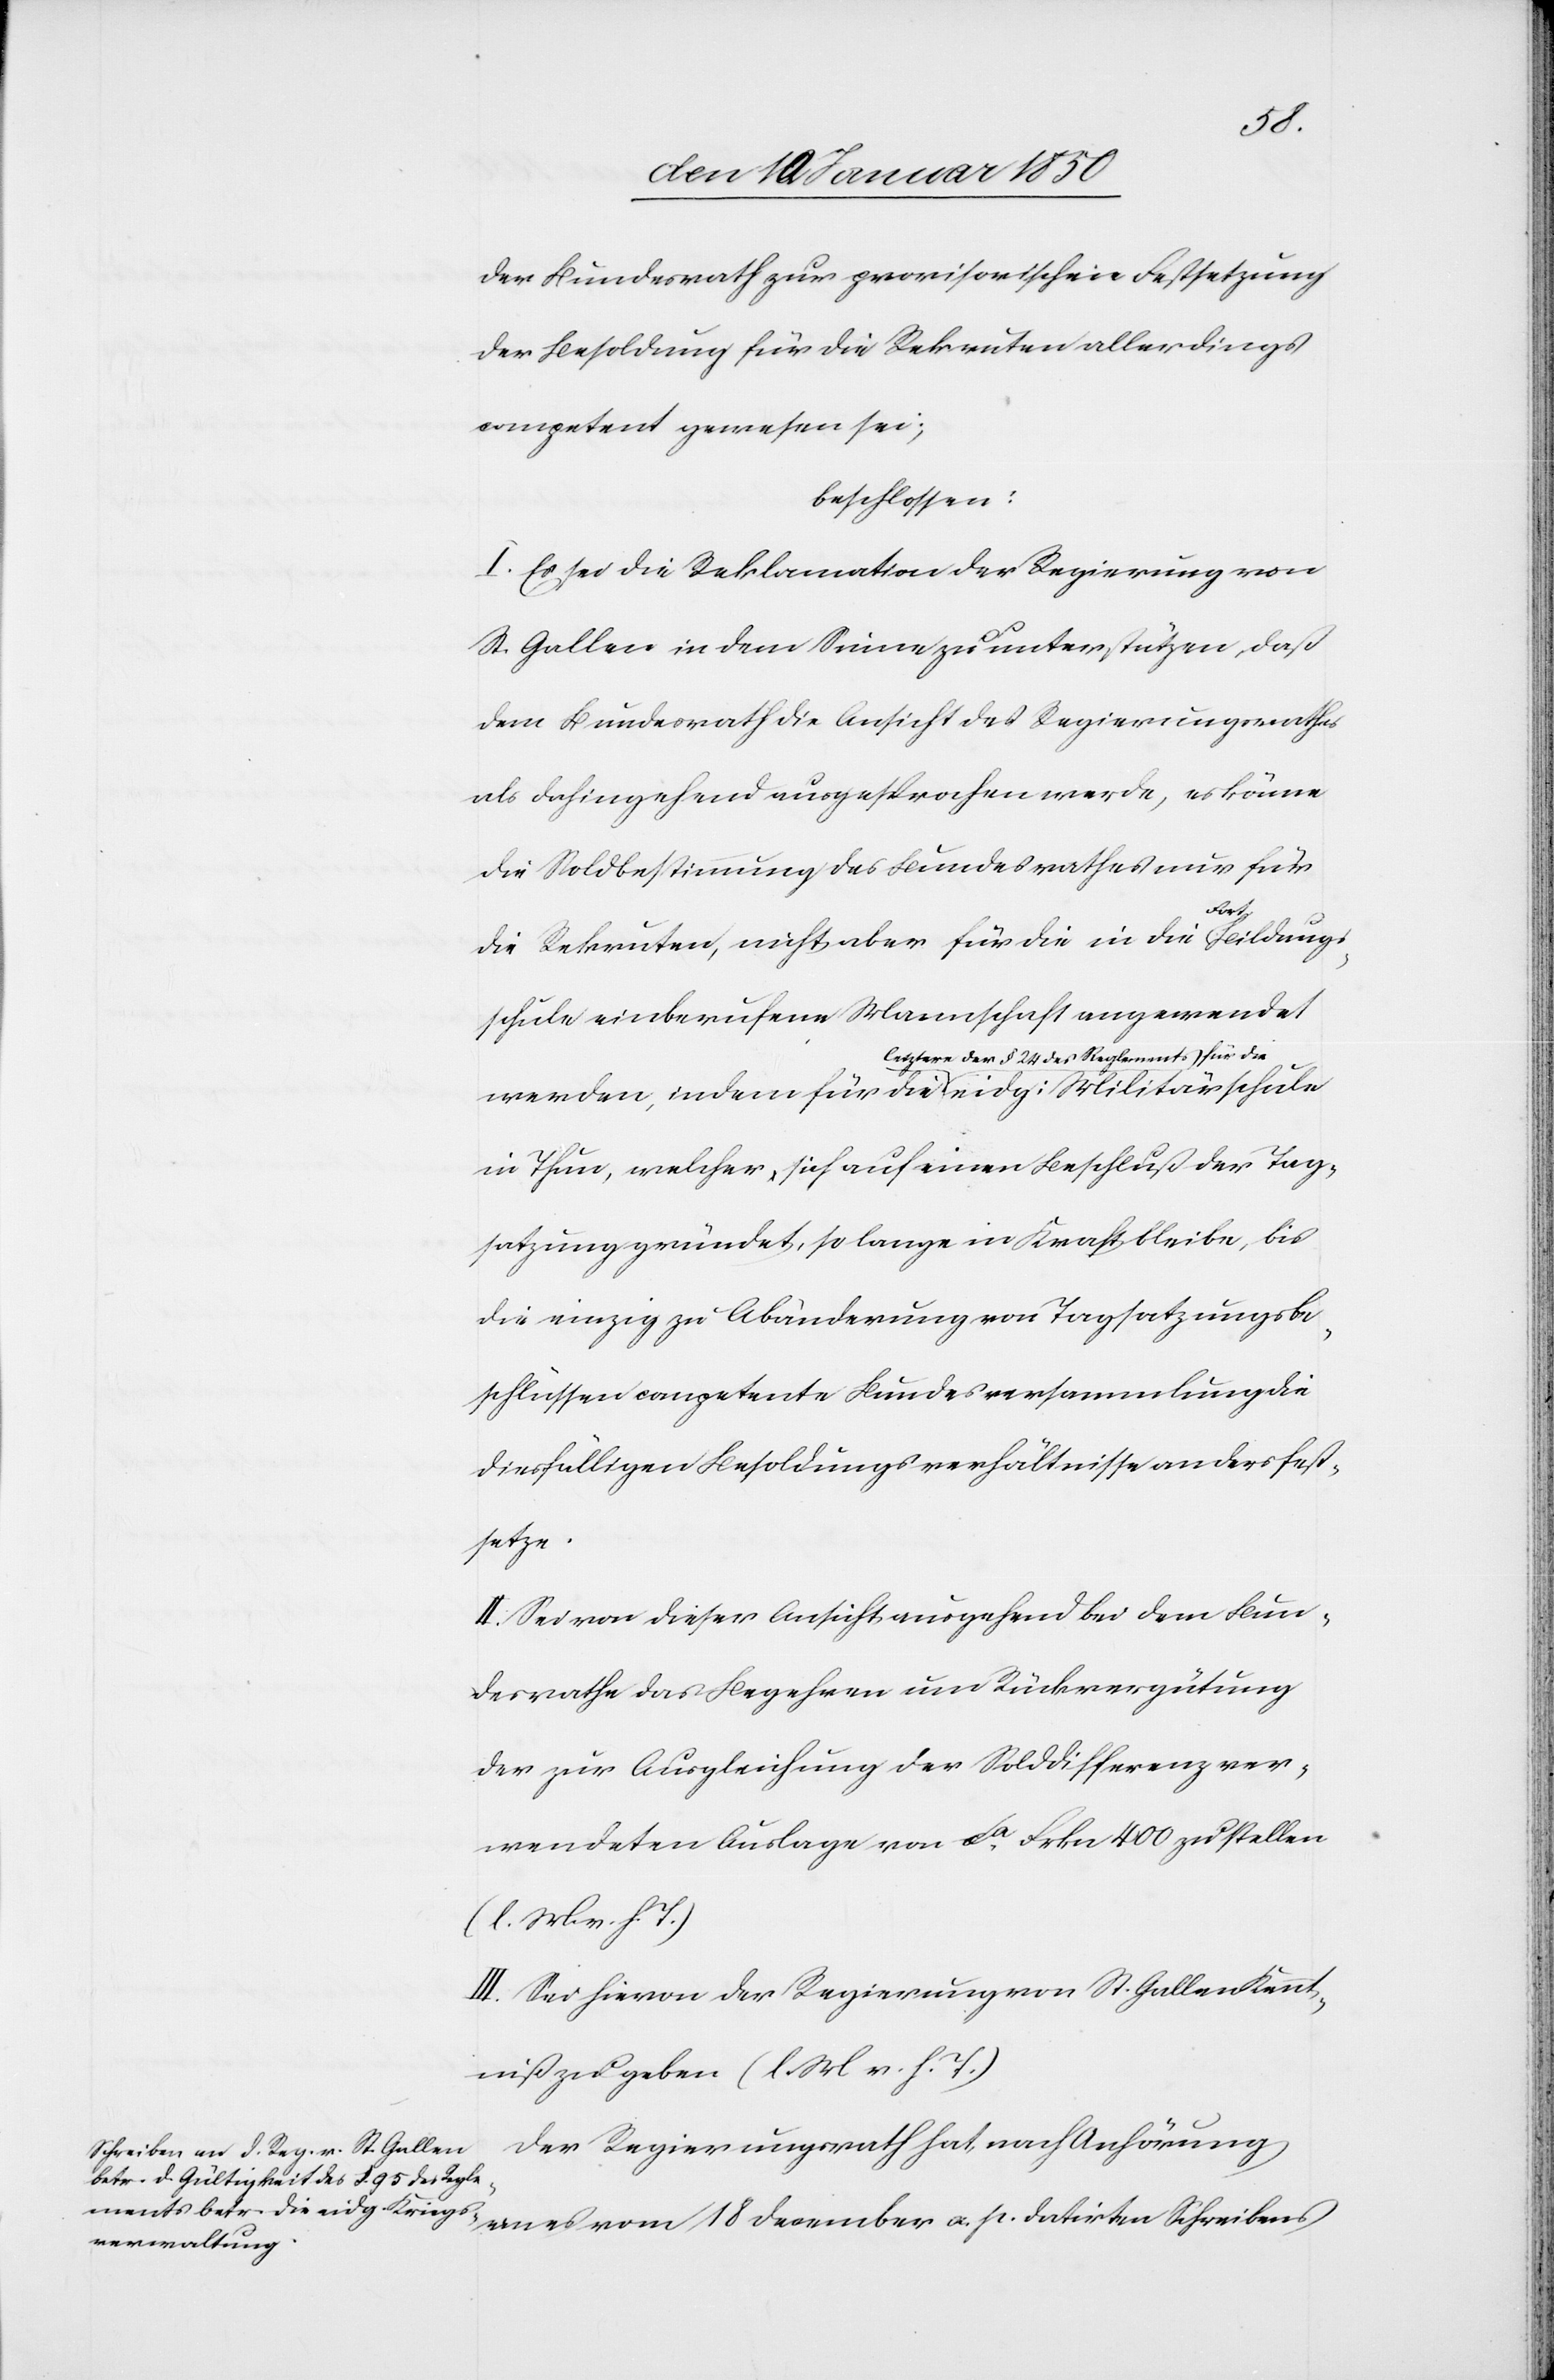
der Bundesrath zur provisorischen Festsetzung
der Besoldung für die Rekruten allerdings
competent gewesen sei;
beschlossen:
I. Es sei die Reklamation der Regierung von
St. Gallen in dem Sinne zu unterstützen, daß
dem Bundesrath die Ansicht des Regierungsrathes
als dahingehend ausgesprochen werde, es könne
die Soldbestimmung des Bundesrathes nur für
die Rekruten, nicht aber für die in die Fortbildungs¬
schule einberufene Mannschaft angewendet
werden, indem für die letztere der § 24 des Reglements
in Thun, welcher sich auf einen Beschluß der Tag¬
satzung gründet, so lange in Kraft bleibe, bis
die einzig zu Abänderung von Tagsatzungsbe¬
schlüssen competente Bundesversammlung die
diesfälligen Besoldungsverhältnisse anders fest¬
setze.
II. Sei von dieser Ansicht ausgehend bei dem Bun¬
desrathe das Begehren um Rückvergütung
der zur Ausgleichung der Solddifferenz ver¬
wendeten Auslage von ca Frkn 400 zu stellen
(l. M. v. h. T.)
III. Sei hievon der Regierung von St. Gallen Kennt¬
niß zu geben (l. M. v. h. T.)
Der Regierungsrath hat, nach Anhörung
eines vom 18 December a. p. datirten Schreibens